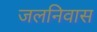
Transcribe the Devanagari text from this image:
जलनिवास